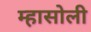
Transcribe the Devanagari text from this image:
म्हासोली